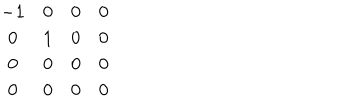
\begin{array} { c c c c } { { - 1 } } & { { 0 } } & { { 0 } } & { { 0 } } \\ { { 0 } } & { { 1 } } & { { 0 } } & { { 0 } } \\ { { 0 } } & { { 0 } } & { { 0 } } & { { 0 } } \\ { { 0 } } & { { 0 } } & { { 0 } } & { { 0 } } \\ \end{array}